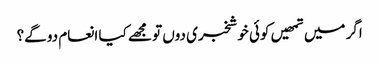
اگر میں تمھیں کوئی خوشخبری دوں تو مجھے کیا انعام دو گے؟